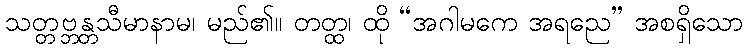
သတ္တဗ္ဘန္တသီမာနာမ၊ မည်၏။ တတ္ထ၊ ထို “အဂါမကေ အရညေ” အစရှိသော